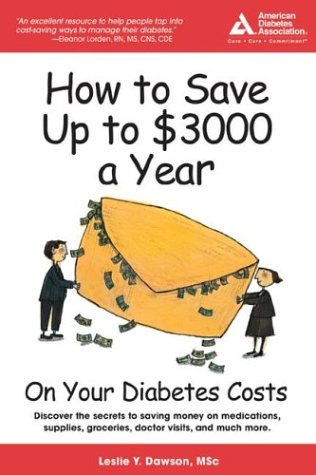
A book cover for How to Save Up to $3,000 a Year on Your Diabetes Costs; Leslie Dawson; Health, Fitness & Dieting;